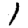
Digit: 1